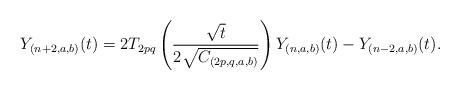
LaTeX: \begin{align*}Y_{(n+2,a,b)}(t)=2T_{2p q }\left(\frac{\sqrt{t}}{2\sqrt{C_{(2p,q,a,b)}}}\right)Y_{(n,a,b)}(t)-Y_{(n-2,a,b)}(t).\end{align*}